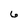
Character: 6